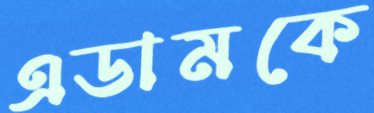
এডামকে